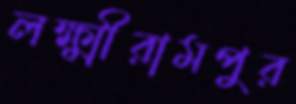
লক্ষ্মীরামপুর